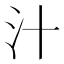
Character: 汁